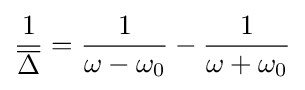
{\frac {1}{\overline {\Delta }}}={\frac {1}{\omega -\omega _{0}}}-{\frac {1}{\omega +\omega _{0}}}